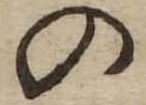
の